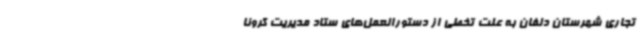
تجاری شهرستان دلفان به علت تخطی از دستورالعمل‌های ستاد مدیریت کرونا